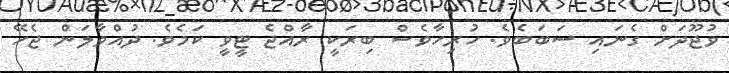
ވުޖޫދަށް ގެނައި ސަބަބެވެ. ހުރިހާވެސް ބިރަކީ ރާއްޖެ ޓީވީ ކަމެވެ. ދުއްވާލަން ޖެހޭ